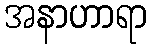
အနာဟာရာ